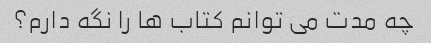
چه مدت می توانم کتاب ها را نگه دارم؟